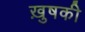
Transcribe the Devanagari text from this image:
ख़ुषकी